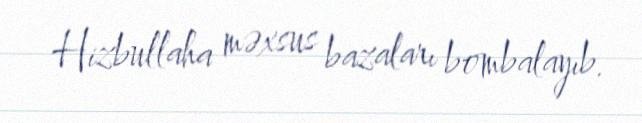
Hizbullaha məxsus bazaları bombalayıb.